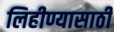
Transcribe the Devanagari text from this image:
लिहीण्यासाठी